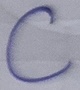
Text: C